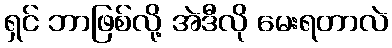
ရှင် ဘာဖြစ်လို့ အဲဒီလို မေးရတာလဲ